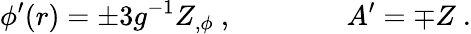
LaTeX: \phi^{\prime}(r)=\pm 3g^{-1}Z_{,\phi}\ ,\qquad\qquad A^{\prime}=\mp Z\ .